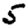
Digit: 5